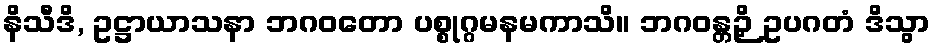
နိသီဒိ, ဥဋ္ဌာယာသနာ ဘဂဝတော ပစ္စုဂ္ဂမနမကာသိ။ ဘဂဝန္တဉှိ ဥပဂတံ ဒိသွာ